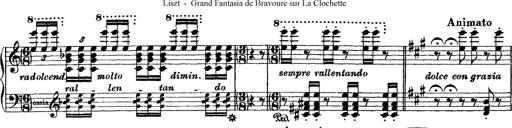
Title: Grande fantasie di bravura sur La clochette
Composer: Franz Liszt
Key: A minor